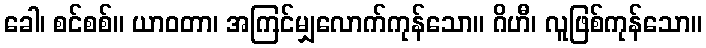
ခေါ၊ စင်စစ်။ ယာဝတာ၊ အကြင်မျှလောက်ကုန်သော။ ဂိဟီ၊ လူဖြစ်ကုန်သော။